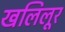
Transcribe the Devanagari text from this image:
खलिलूर